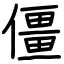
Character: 僵